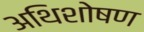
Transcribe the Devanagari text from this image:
अथिशोषण